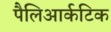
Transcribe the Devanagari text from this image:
पैलिआर्कटिक